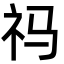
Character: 祃